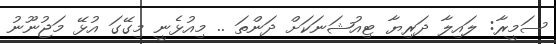
ސަމީރާ: ލައިލާ ދަރިޔާ ޓިއުޝަނަކަށް ދަންތަ .. މިއުޅެނީ މިގޭގަ އުޅޭ މަޖުނޫނު